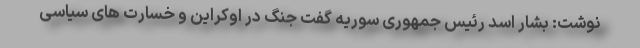
نوشت: بشار اسد رئیس جمهوری سوریه گفت جنگ در اوکراین و خسارت های سیاسی